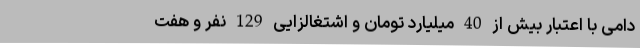
دامی با اعتبار بیش از 40 میلیارد تومان و اشتغالزایی 129 نفر و هفت